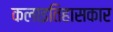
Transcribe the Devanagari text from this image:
कलाइतिहासकार